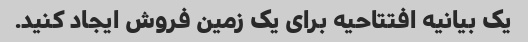
یک بیانیه افتتاحیه برای یک زمین فروش ایجاد کنید.